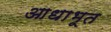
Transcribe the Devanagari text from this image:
आधाभूत